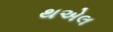
થએલ